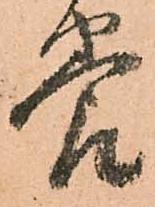
養